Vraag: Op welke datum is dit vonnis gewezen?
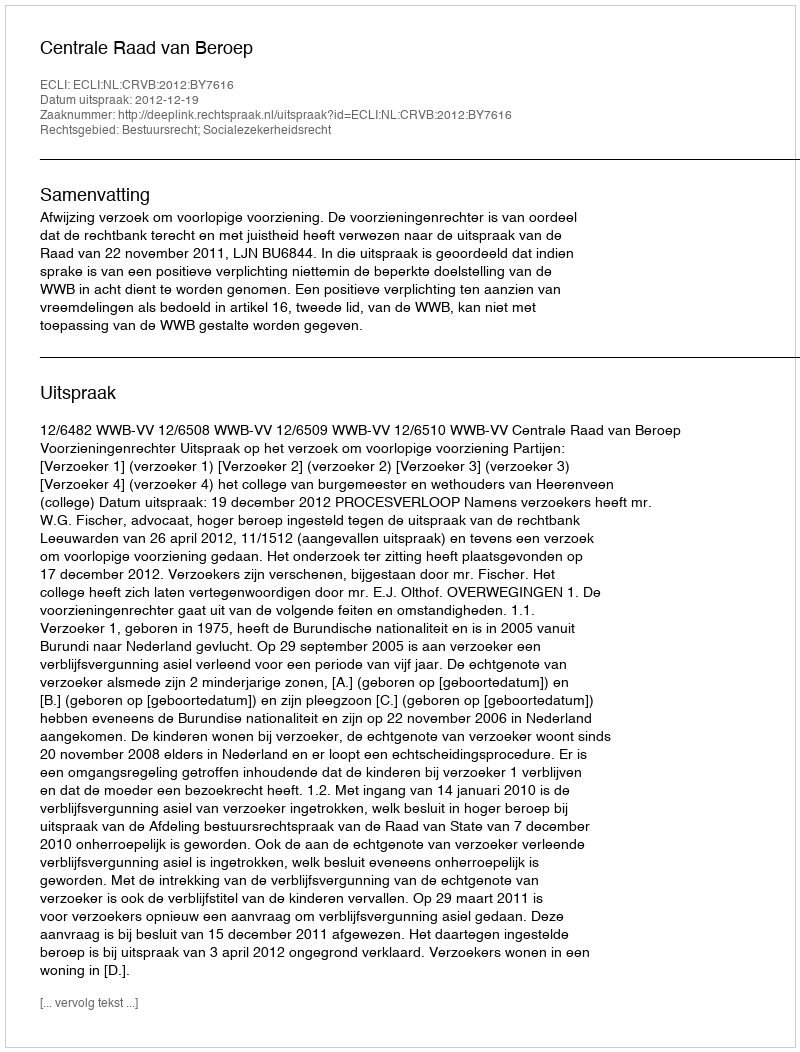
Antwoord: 2012-12-19